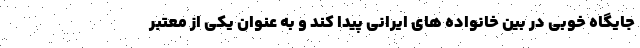
جایگاه خوبی در بین خانواده های ایرانی پیدا کند و به عنوان یکی از معتبر